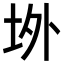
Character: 𭎉